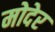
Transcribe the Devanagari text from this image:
मोदेर